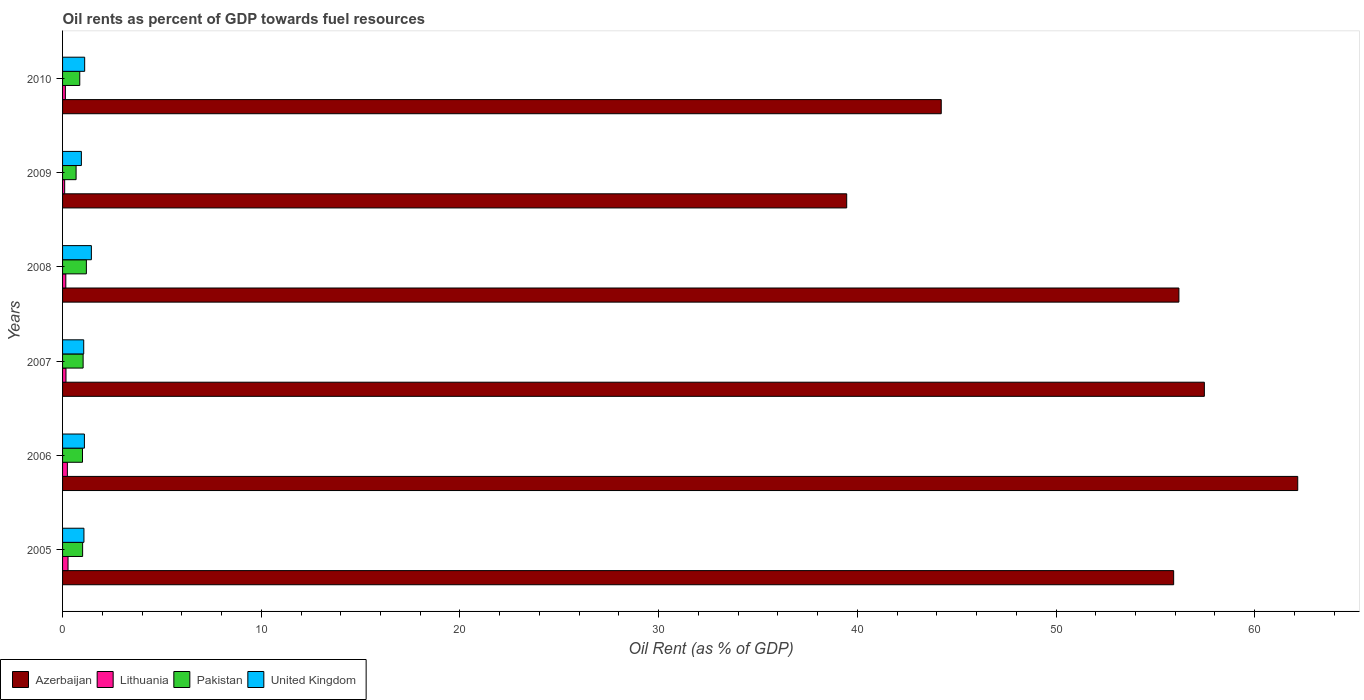
| Years | Azerbaijan | Lithuania | Pakistan | United Kingdom |
 | --- | --- | --- | --- | --- |
 | 2005 | 55.9 | 0.275 | 1.01 | 1.08 |
 | 2006 | 62.2 | 0.242 | 1 | 1.1 |
 | 2007 | 57.5 | 0.172 | 1.03 | 1.06 |
 | 2008 | 56.2 | 0.164 | 1.2 | 1.45 |
 | 2009 | 39.5 | 0.106 | 0.681 | 0.947 |
 | 2010 | 44.2 | 0.142 | 0.865 | 1.11 |